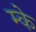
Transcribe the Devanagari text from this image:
म्के